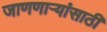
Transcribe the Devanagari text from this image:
जाणणार्‍यांसाठी